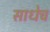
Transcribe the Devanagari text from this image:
साधेच